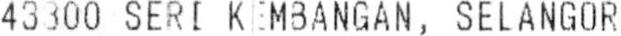
43300 SERI KEMBANGAN, SELANGOR